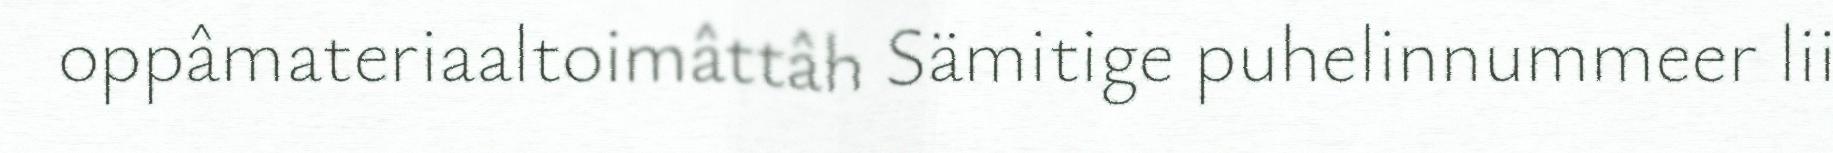
oppâmateriaaltoimâttâh Sämitige puhelinnummeer lii